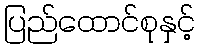
ပြည်ထောင်စုနှင့်